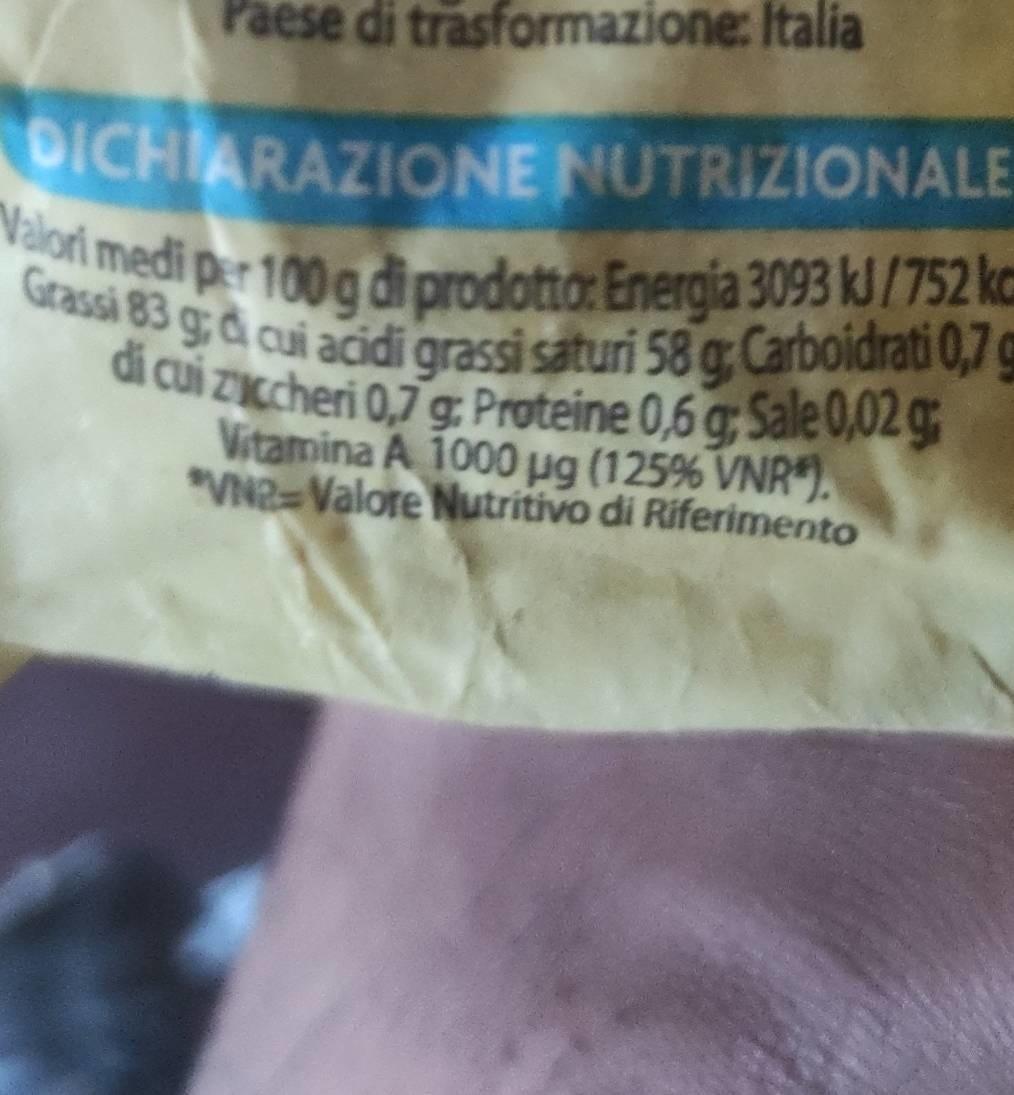
Paese di trasformazione: Italia
DICHIARAZIONE NUTRIZIONALE
Valori medi per 100g di prodotto: Energia 3093 kJ/752 k Grassi 83 g: di cui acidi grassi saturi 58 g Carboidrati 0,7
di cui zuccheri 0,7 g Proteine 0,6 g; Sale 0,02 g
Vitamina A 1000 µg (125% VNR). "VN2-Valore Nutritivo di Riferimento